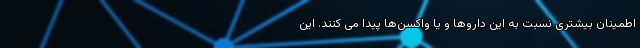
اطمینان بیشتری نسبت به این داروها و یا واکسن‌ها پیدا می کنند. این